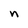
Character: n